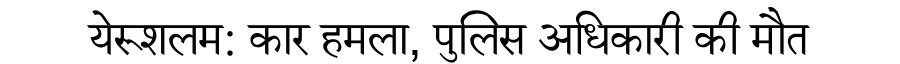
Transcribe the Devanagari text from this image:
येरूशलम: कार हमला, पुलिस अधिकारी की मौत